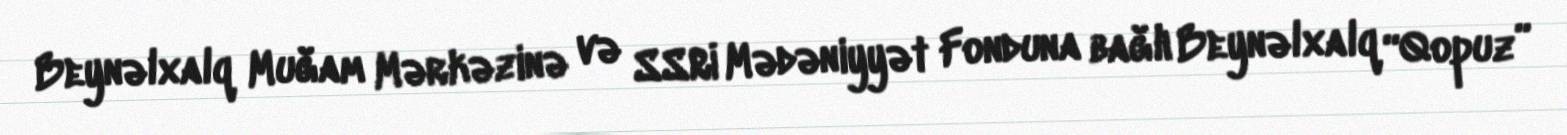
Beynəlxalq Muğam Mərkəzinə və SSRİ Mədəniyyət Fonduna bağlı Beynəlxalq “Qopuz”